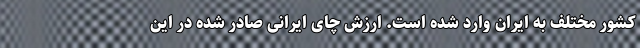
کشور مختلف به ایران وارد شده است. ارزش چای ایرانی صادر شده در این